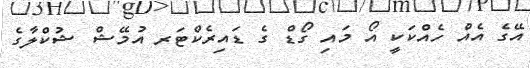
އޭގެ އެއް ހެއްކަކީ އޯ މައި ގޯޑް ގެ ޑައިރެކްޓަރ އުމޭޝް ޝުކްލާގެ